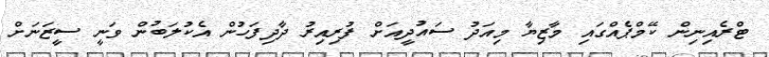
ޓްރެއިނިން ކޭމްޕެއްގައި މާޒިޔާ މިއަދު ސައުދީއަށް ފުރިއިރު ދާދިފަހުން އެކުލަބުން ވަނީ ސީޒަނަށް